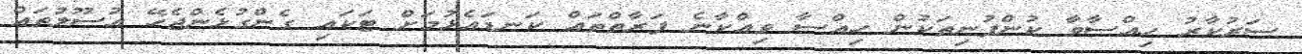
ސަރުކާރު ހިއްސާވާ ކުންފުނިތަކުން ހިއްސާ ވިއްކާނެ ފަރާތްތައް ކަނޑައެޅުމަށް ޓަކައި ގެންގުޅެންޖެހޭ އުސޫލުތައް